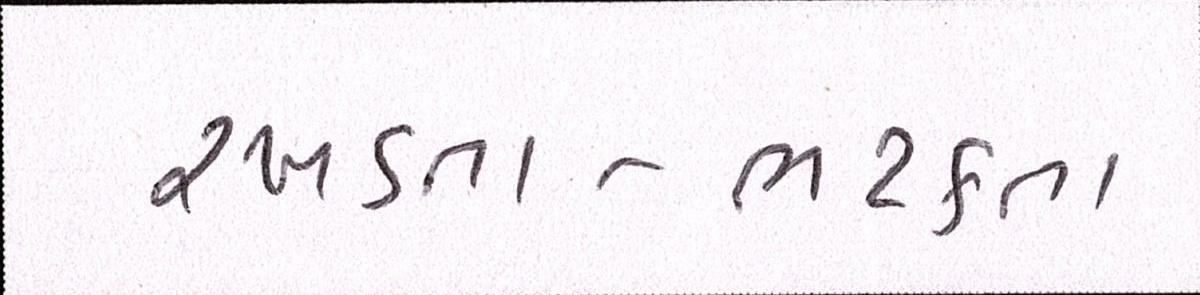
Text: રખડતા-ભટકતા